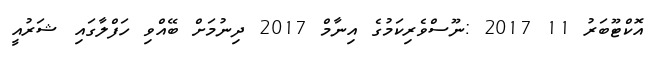
އޮކްޓޫބަރު 11 2017 :ނޫސްވެރިކަމުގެ އިނާމް 2017 ދިނުމަށް ބޭއްވި ހަފްލާގައި ޝަރުއީ